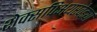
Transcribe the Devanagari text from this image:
शेक्सपिअयरवेड्या